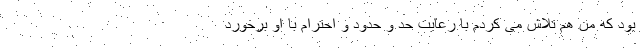
بود که من هم تلاش می کردم با رعایت حد و حدود و احترام با او برخورد